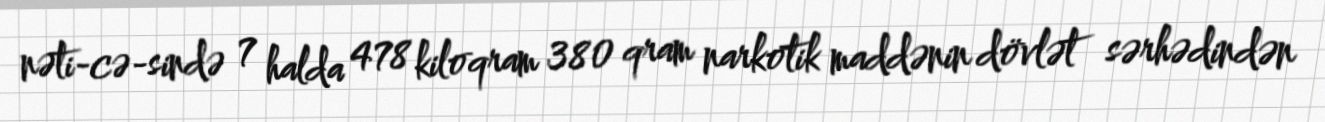
nəti­cə­sində 7 halda 478 kiloqram 380 qram narkotik maddənin dövlət sərhədindən